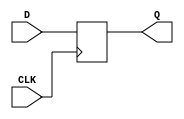
`default_nettype none
// 100ms = 1 redstone tick
// 50ms = 1 game tick, but the integer can only be 1, 10, or 100
`timescale 100ms/10ms

// CLK: positive-edge
// tech mapping converts negedge to posedge with an inverter
module MC_DFF31 (CLK, D, Q);
	parameter WIDTH = 1;

	input wire CLK;
	input wire [WIDTH-1:0] D;
	output reg [WIDTH-1:0] Q;

	always @(posedge CLK) begin
		Q <= D;
	end
endmodule

// CLK: positive-edge
// ARST: active-high
// ARST_VALUE: any arbitrary bit pattern of correct WIDTH
// tech mapping converts from negedge and active-low with inverters
module MC_ADFF31 (CLK, ARST, D, Q);
	parameter WIDTH = 1;
	parameter ARST_VALUE = {WIDTH{1'b0}};

	input wire CLK, ARST;
	input wire [WIDTH-1:0] D;
	output reg [WIDTH-1:0] Q;

	always @(posedge CLK or posedge ARST) begin
		if (ARST) begin
			Q <= ARST_VALUE;
		end else begin
			Q <= D;
		end
	end
endmodule

module MC_UAND16 (A, Y);
	parameter WIDTH = 2;

	input wire [WIDTH-1:0] A;
	output wire Y;

	assign Y = &A;
endmodule

module MC_UNOR16 (A, Y);
	parameter WIDTH = 2;

	input wire [WIDTH-1:0] A;
	output wire Y;

	assign Y = !A;
endmodule

module MC_UOR16 (A, Y);
	parameter WIDTH = 2;

	input wire [WIDTH-1:0] A;
	output wire Y;

	assign Y = |A;
endmodule

module MC_UXOR2 (A, Y);
	input wire [1:0] A;
	output wire Y;

	assign Y = ^A;
endmodule

module MC_UXOR4 (A, Y);
	parameter WIDTH = 3;

	input wire [WIDTH-1:0] A;
	output wire Y;

	assign Y = ^A;
endmodule

module MC_UXOR8 (A, Y);
	parameter WIDTH = 5;

	input wire [WIDTH-1:0] A;
	output wire Y;

	assign Y = ^A;
endmodule

module MC_UXOR16 (A, Y);
	parameter WIDTH = 7;

	input wire [WIDTH-1:0] A;
	output wire Y;

	assign Y = ^A;
endmodule